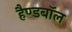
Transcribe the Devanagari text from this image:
हैण्डबॉल